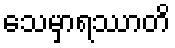
သေမှာရဿာတိ